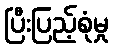
ပြီးပြည့်စုံမှု